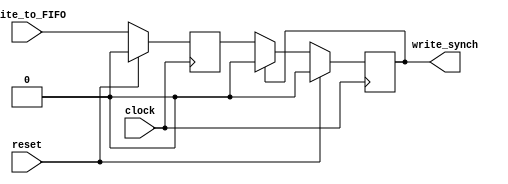
module write_synchronizer (write_synch, write_to_FIFO, clock, reset);
  output		write_synch;
  input		write_to_FIFO;
  input		clock, reset;
  reg		meta_synch, write_synch;

  always @ (negedge clock)
    if (reset == 1) begin
      meta_synch <= 0;
      write_synch <= 0;
    end
    else begin
      meta_synch <= write_to_FIFO;
      write_synch <= write_synch ? 0: meta_synch;
    end
endmodule